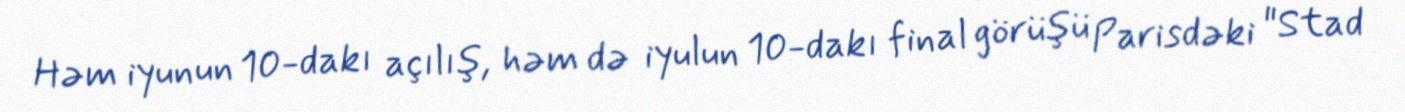
Həm iyunun 10-dakı açılış, həm də iyulun 10-dakı final görüşü Parisdəki "Stad